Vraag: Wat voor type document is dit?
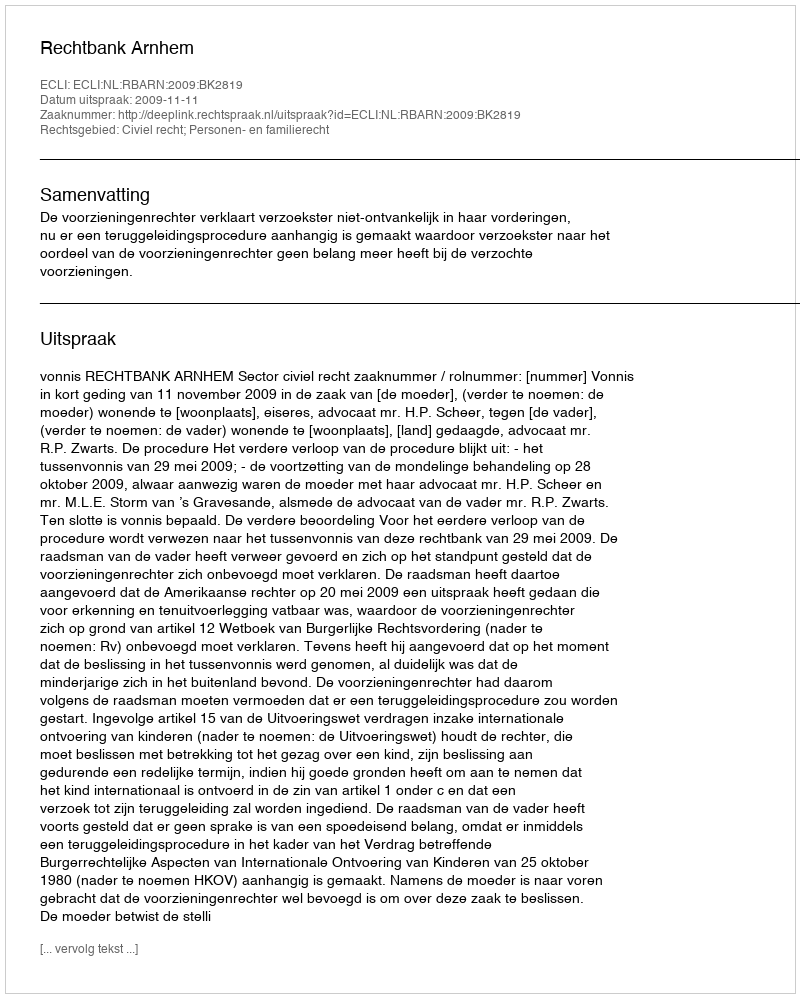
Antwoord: Uitspraak